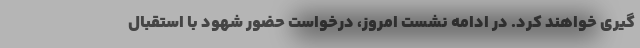
گیری خواهند کرد. در ادامه نشست امروز، درخواست حضور شهود با استقبال